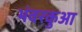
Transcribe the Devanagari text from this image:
भंवरकुआ